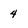
Character: 4